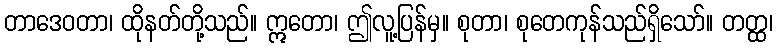
တာဒေဝတာ၊ ထိုနတ်တို့သည်။ ဣတော၊ ဤလူ့ပြန်မှ။ စုတာ၊ စုတေကုန်သည်ရှိသော်။ တတ္ထ၊